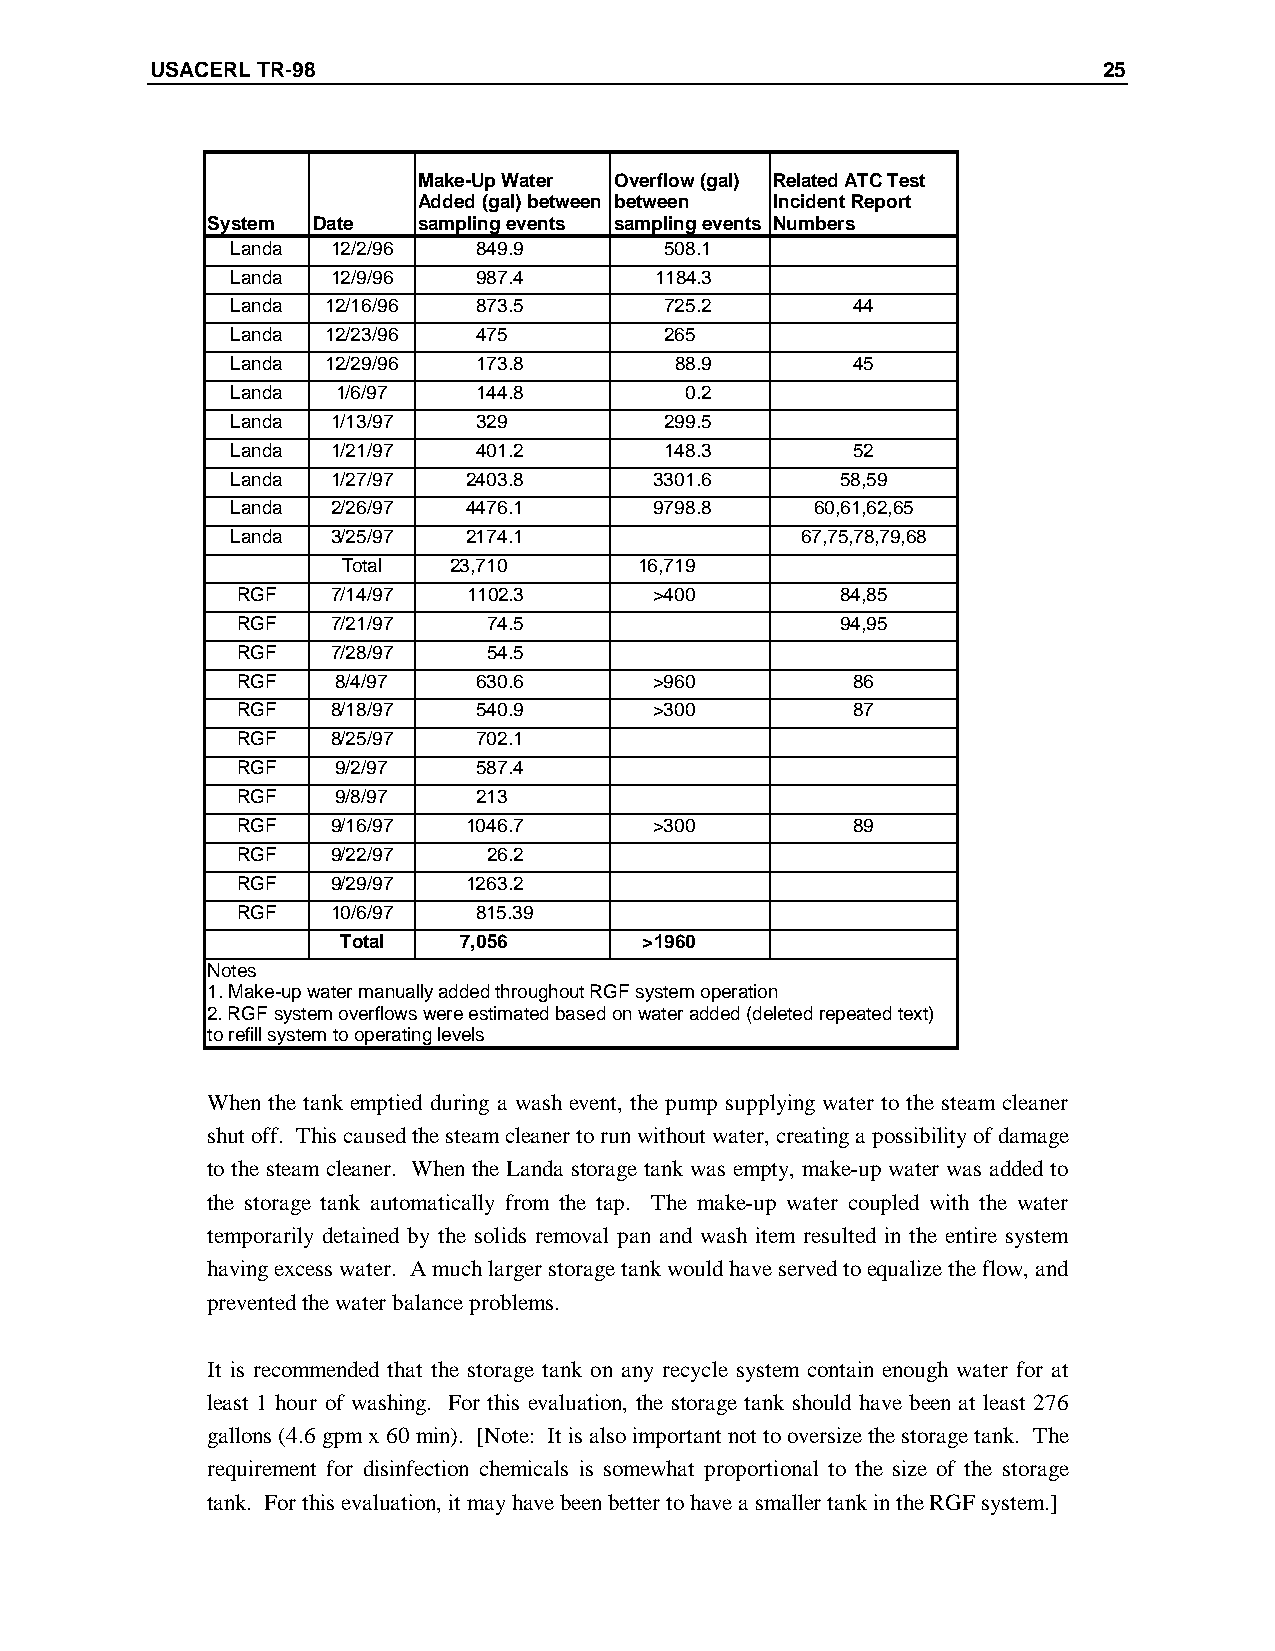
USACERL TR-98                                                  25
 Make-Up Water Overflow (gal) Related ATC Test
 Added (gal) between between Incident Report
 System Date   sampling events sampling events Numbers
 Landa  12/2/96   849.9       508.1
 Landa  12/9/96   987.4      1184.3
 Landa  12/16/96  873.5       725.2       44
 Landa  12/23/96  475         265
 Landa  12/29/96  173.8        88.9       45
 Landa  1/6/97    144.8        0.2
 Landa  1/13/97   329         299.5
 Landa  1/21/97   401.2       148.3       52
 Landa  1/27/97  2403.8      3301.6       58,59
 Landa  2/26/97  4476.1      9798.8     60,61,62,65
 Landa  3/25/97  2174.1                67,75,78,79,68
 Total  23,710      16,719
 RGF   7/14/97  1102.3      >400         84,85
 RGF   7/21/97   74.5                    94,95
 RGF   7/28/97   54.5
 RGF   8/4/97    630.6      >960         86
 RGF   8/18/97   540.9      >300         87
 RGF   8/25/97   702.1
 RGF   9/2/97    587.4
 RGF   9/8/97    213
 RGF   9/16/97  1046.7      >300         89
 RGF   9/22/97   26.2
 RGF   9/29/97  1263.2
 RGF   10/6/97   815.39
 Total  7,056        >1960
 Notes
 1. Make-up water manually added throughout RGF system operation
 2. RGF system overflows were estimated based on water added (deleted repeated text)
 to refill system to operating levels
 When the tank emptied during a wash event, the pump supplying water to the steam cleaner
 shut off. This caused the steam cleaner to run without water, creating a possibility of damage
 to the steam cleaner. When the Landa storage tank was empty, make-up water was added to
 the storage tank automatically from the tap. The make-up water coupled with the water
 temporarily detained by the solids removal pan and wash item resulted in the entire system
 having excess water. A much larger storage tank would have served to equalize the flow, and
 prevented the water balance problems.
 It is recommended that the storage tank on any recycle system contain enough water for at
 least 1 hour of washing. For this evaluation, the storage tank should have been at least 276
 gallons (4.6 gpm x 60 min). [Note: It is also important not to oversize the storage tank. The
 requirement for disinfection chemicals is somewhat proportional to the size of the storage
 tank. For this evaluation, it may have been better to have a smaller tank in the RGF system.]